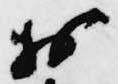
於